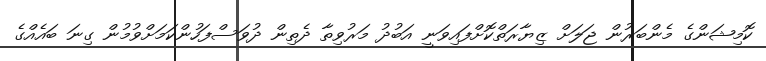
ކޮމިޝަންގެ މެންބަރުން ޖަލަށް ޒިޔާރަތްކޮށްފައިވަނީ އަބުދު މަރުވިތާ ދެތިން ދުވަސްފަހުންކަމަށްވުމުން ގިނަ ބައެއްގެ